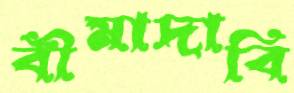
বীমাদাবি